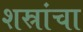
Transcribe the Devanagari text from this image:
शस्रांचा